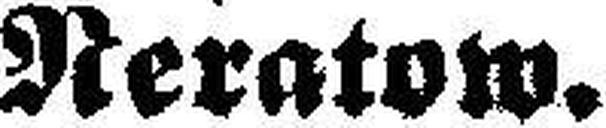
Neratow.